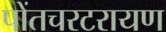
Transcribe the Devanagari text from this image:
पोंतचरटरायण